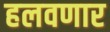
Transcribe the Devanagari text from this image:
हलवणार